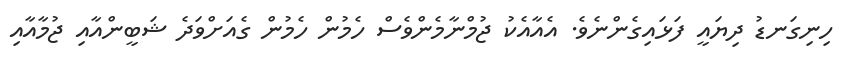
ހިނިގަނޑު ދިޔައީ ފަޅައިގެންނެވެ. އެއާއެކު ޖުމްނާމެންވެސް ހެމުން ހެމުން ގެއަށްވަދެ ޝަބީންއާއި ޖުމާއާއި